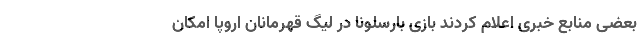
بعضی منابع خبری اعلام کردند بازی بارسلونا در لیگ قهرمانان اروپا امکان